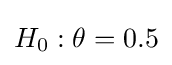
H_{0}:\theta =0.5